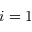
i = 1